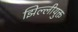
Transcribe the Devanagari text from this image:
झिल्लीयुक्त